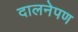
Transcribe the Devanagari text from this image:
दालनेपण